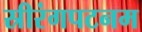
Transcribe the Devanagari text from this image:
स्रीरंगपटनम